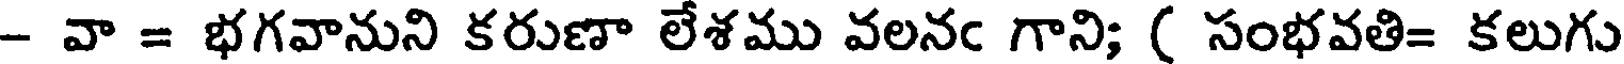
- వా = భగవానుని కరుణా లేశము వలనఁ గాని; ( సంభవతి= కలుగు